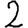
Digit: 2